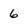
Character: 6